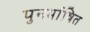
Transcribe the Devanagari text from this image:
पुनर्भाषित